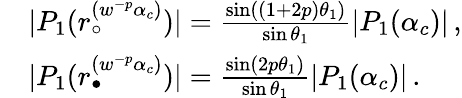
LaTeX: \begin{array}{rl}&{|P_{1}(r_{\circ}^{(w^{-p}\alpha_{c})})|=\frac{\sin((1+2p)\theta_{1})}{\sin\theta_{1}}|P_{1}(\alpha_{c})|\, ,}\\ &{|P_{1}(r_{\bullet}^{(w^{-p}\alpha_{c})})|=\frac{\sin(2p\theta_{1})}{\sin\theta_{1}}|P_{1}(\alpha_{c})|\, .}\end{array}